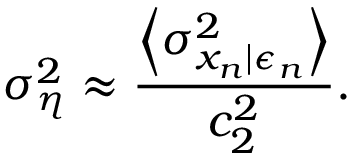
\sigma _ { \eta } ^ { 2 } \approx \frac { \left\langle \sigma _ { x _ { n } | \epsilon _ { n } } ^ { 2 } \right\rangle } { c _ { 2 } ^ { 2 } } .